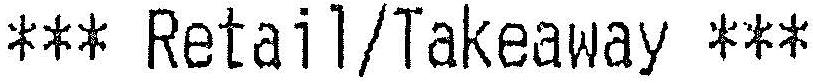
*** RETAIL/TAKEAWAY ***